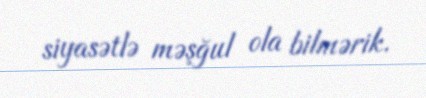
siyasətlə məşğul ola bilmərik.